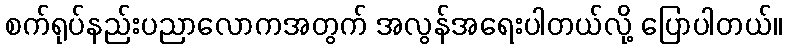
စက်ရုပ်နည်းပညာလောကအတွက် အလွန်အရေးပါတယ်လို့ ပြောပါတယ်။